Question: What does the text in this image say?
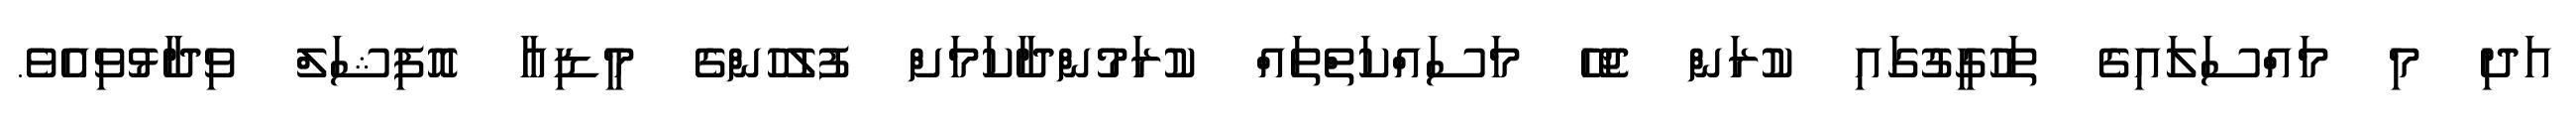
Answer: އަދި މި މައްސަލައިގެ ތަހުގީގުގައި ކުރަން ޖެހޭ މަސައްކަތްތައް ކުރަމުންދާކަމަށް ފުލުހުންގެ މީޑިއާ އޮފިޝަލް ވިދާޅުވިއެވެ.